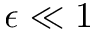
\epsilon \ll 1